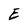
Character: E